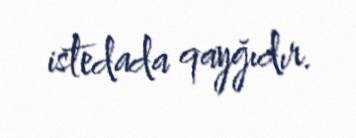
istedada qayğıdır.